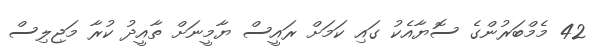
42 މެމްބަރުންގެ ސޮޔާއެކު ގައި ކަމަށް ރައީސް ޔާމީނަށް ތާއީދު ކުރާ މަޖިލިސް